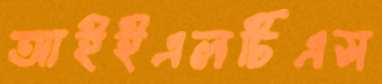
আইইএলটিএস